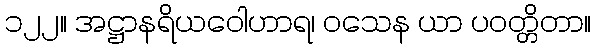
၁၂၂။ အဋ္ဌာနရိယဝေါဟာရ၊ ဝသေန ယာ ပဝတ္တိတာ။